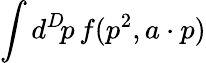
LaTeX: \int d^{D}\! p\, f(p^{2},a\cdot p)